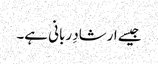
جیسے ارشادِ ربانی ہے۔